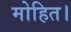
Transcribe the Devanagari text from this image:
मोहित।